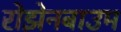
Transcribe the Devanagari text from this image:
रोझेनबाउम